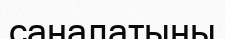
саналатыны